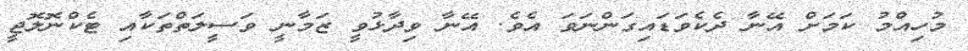
މުހިއްމު ކަމަށް އޭނާ ދެކެވަޑައިގަންނަވަ އެވެ. އޭނާ ވިދާޅުވީ ޒަމާނީ ވަސީލަތްތަކާއި ޓެކްނޮލޮޖީ